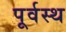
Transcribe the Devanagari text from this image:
पूर्वस्थ